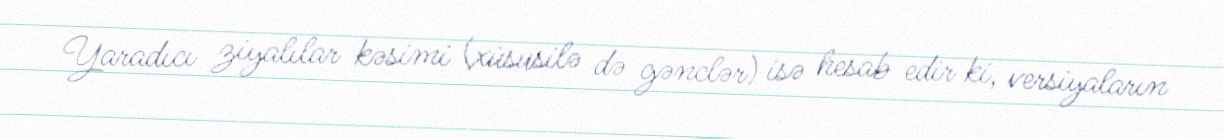
Yaradıcı ziyalılar kəsimi (xüsusilə də gənclər) isə hesab edir ki, versiyaların